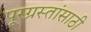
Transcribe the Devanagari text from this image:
पूरग्रस्तांसाठी